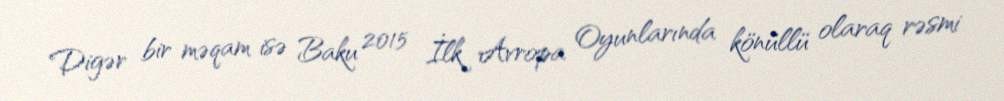
Digər bir məqam isə Baku 2015 İlk Avropa Oyunlarında könüllü olaraq rəsmi